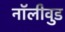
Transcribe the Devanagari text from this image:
नॉलीवुड